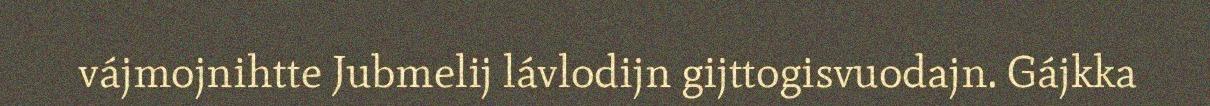
vájmojnihtte Jubmelij lávlodijn gijttogisvuodajn. Gájkka